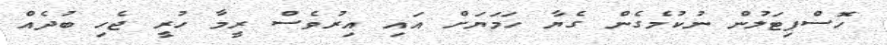
ހޮސްޕިޓަލުން ނުކުމެގެން ގެޔާ ހަމަޔަށް އައި އިރުވެސް ރީމާ ހުރީ ޖެހި ބުދެއް